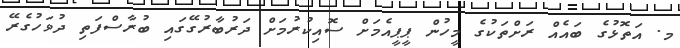
މ. އަތޮޅުގެ ބައެއް ރަށްތަކުގެ މީހުން ޕީޕީއެމަށް ސޮއިކުރުމަށް ދަރުބާރުގޭގައި ބުރާސްފަތި ދުވަހުގެރޭ